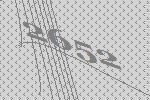
2652